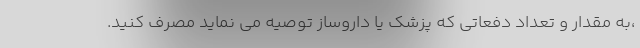
،به مقدار و تعداد دفعاتی که پزشک یا داروساز توصیه می نماید مصرف کنید.